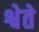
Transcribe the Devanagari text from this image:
श्वेते